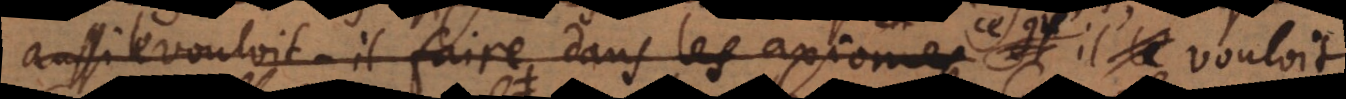
aussi le vouloit‐il faire dans les axiomes et il